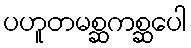
ပဟူတမစ္ဆကစ္ဆပေါ